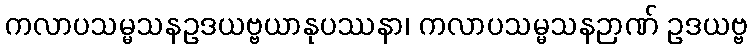
ကလာပသမ္မသနဥဒယဗ္ဗယာနုပဿနာ၊ ကလာပသမ္မသနဉာဏ် ဥဒယဗ္ဗ